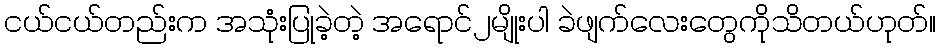
ငယ်ငယ်တည်းက အသုံးပြုခဲ့တဲ့ အရောင်၂မျိုးပါ ခဲဖျက်လေးတွေကိုသိတယ်ဟုတ်။